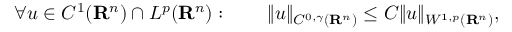
\forall u \in C ^ { 1 } ( \mathbf { R } ^ { n } ) \cap L ^ { p } ( \mathbf { R } ^ { n } ) : \qquad \| u \| _ { C ^ { 0 , \gamma } ( \mathbf { R } ^ { n } ) } \leq C \| u \| _ { W ^ { 1 , p } ( \mathbf { R } ^ { n } ) } ,